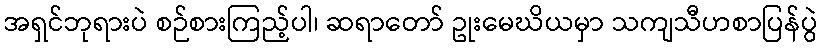
အရှင်ဘုရားပဲ စဉ်စားကြည့်ပါ၊ ဆရာတော် ဥုးမေဃိယမှာ သကျသီဟစာပြန်ပွဲ